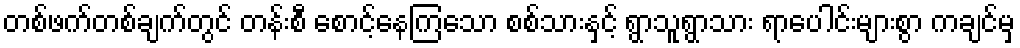
တစ်ဖက်တစ်ချက်တွင် တန်းစီ စောင့်နေကြသော စစ်သားနှင့် ရွာသူရွာသား ရာပေါင်းများစွာ ကချင်မှ